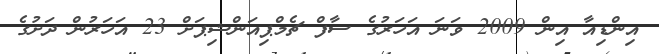
އިންޑިއާ އިން 2009 ވަނަ އަހަރުގެ ސާފް ޗެމްޕިއަންޝިޕަށް 23 އަހަރުން ދަށުގެ